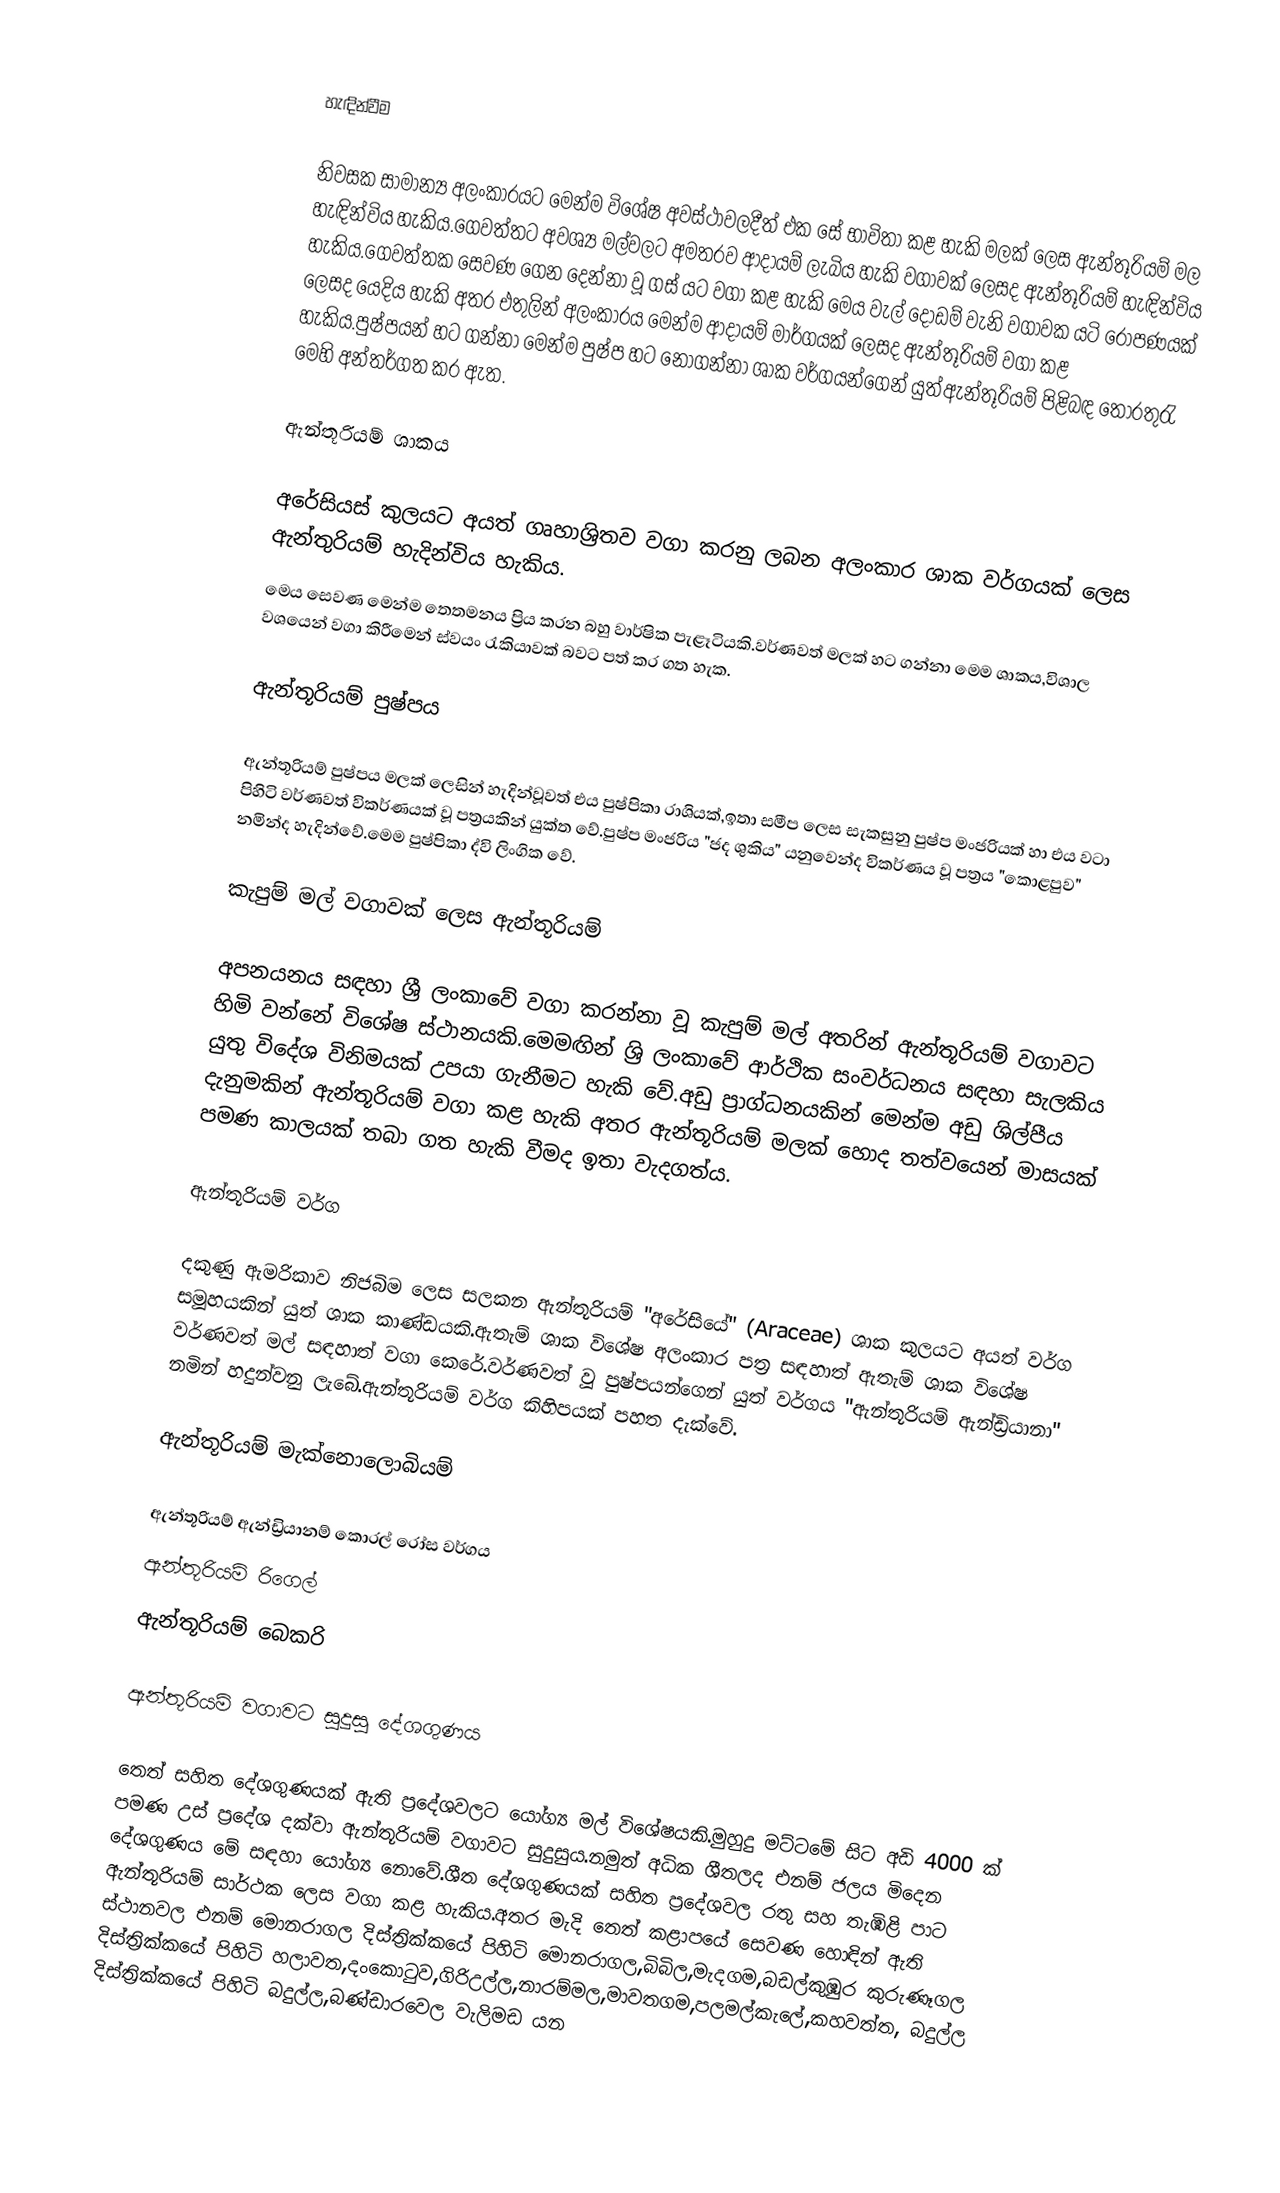

හැඳින්වීම

නිවසක සාමාන්‍ය අලංකාරයට මෙන්ම විශේෂ අවස්ථාවලදීත් එක සේ භාවිතා කළ හැකි මලක් ලෙස ඇන්තූරියම් මල හැඳින්විය හැකිය.ගෙවත්තට අවශ්‍ය මල්වලට අමතරව ආදායම් ලැබිය හැකි වගාවක් ලෙසද ඇන්තූරියම් හැඳින්විය හැකිය.ගෙවත්තක සෙවණ ගෙන දෙන්නා වූ ගස් යට වගා කළ හැකි මෙය ‍වැල් දොඩම් වැනි වගාවක යටි රෝපණයක් ලෙසද යෙදිය හැකි අතර එතුලින් අලංකාරය මෙන්ම ආදායම් මාර්ගයක් ලෙසද ඇන්තූරියම් වගා කළ හැකිය.පුෂ්පයන් හට ගන්නා මෙන්ම පුෂ්ප හට නොගන්නා ශාක වර්ගයන්ගෙන් යුත්ඇන්තූරියම් පිළිබඳ තොරතුරැ මෙහි අන්තර්ගත කර ඇත.

ඇන්තූරියම් ශාකය

අරේසියස් කුලයට අයත් ගෘහාශ්‍රිතව වගා කරනු ලබන අලංකාර ශාක වර්ගයක් ලෙස ඇන්තුරියම් හැදින්විය හැකිය.
මෙය සෙවණ මෙන්ම තෙතමනය ප්‍රිය කරන බහු වාර්ෂික පැළෑටියකි.වර්ණවත් මලක් හට ගන්නා මෙම ශාකය,විශාල වශයෙන් වගා කිරීමෙන් ස්වයං රැකියාවක් බවට පත් කර ගත හැක.

ඇන්තූරියම් පුෂ්පය

ඇන්තූරියම් පුෂ්පය මලක් ලෙසින් හැදින්වූවත් එය පුෂ්පිකා රාශියක්,ඉතා සමීප ලෙස සැකසුනු පුෂ්ප මංජරියක් හා එය වටා පිහිටි වර්ණවත් විකර්ණයක් වූ පත්‍රයකින් යුක්ත වේ.පුෂ්ප මංජරිය "ජද ශුකිය" යනුවෙන්ද විකර්ණය වූ පත්‍රය "කොළපුව" නමින්ද හැදින්වේ.මෙම පුෂ්පිකා ද්වි ලිංගික වේ.

කැපුම් මල් වගාවක් ලෙස ඇන්තූරියම්

අපනයනය සඳහා ශ්‍රී ලංකාවේ වගා කරන්නා වූ කැපුම් මල් අතරින් ඇන්තූරියම් වගාවට හිමි වන්නේ විශේෂ ස්ථානයකි.මෙමඟින් ශ්‍රි ලංකාවේ ආර්ථික සංවර්ධනය සඳහා සැලකිය යුතු විදේශ විනිමයක් උපයා ගැනීමට හැකි වේ.අඩු ප්‍රාග්ධනයකින් මෙන්ම අඩු ශිල්පීය දැනුමකින් ඇන්තූරියම් වගා කළ හැකි අතර ඇන්තූරියම් මලක් හොද තත්වයෙන් මාසයක් පමණ කාලයක් තබා ගත හැකි වීමද ඉතා වැදගත්ය.

ඇන්තූරියම් වර්ග

දකුණු ඇමරිකාව නිජබිම ලෙස සලකන ඇන්තූරියම් "අරේසියේ" (Araceae) ශාක කුලයට  අයත් වර්ග සමූහයකින් යුත් ශාක කාණ්ඩයකි.ඇතැම් ශාක විශේෂ අලංකාර පත්‍ර සඳහාත් ඇතැම් ශාක විශේෂ වර්ණවත් මල් සඳහාත් වගා කෙරේ.වර්ණවත් වූ පුෂ්පයන්ගෙන් යුත් වර්ගය "ඇන්තූරියම් ඇන්ඩ්‍රියානා" නමින් හදුන්වනු ලැබේ.ඇන්තූරියම් වර්ග කිහිපයක් පහත දැක්වේ.

ඇන්තූරියම් මැක්නොලොබියම්

ඇන්තූරියම් ඇන්ඩ්‍රියානම් කොරල් රෝස වර්ගය
ඇන්තූරියම් රිගෙල්
ඇන්තූරියම් බෙකරි

ඇන්තූරියම් වගාවට සුදුසු දේශගුණය

තෙත් සහිත දේශගුණයක් ඇති ප්‍රදේශවලට යෝග්‍ය මල් විශේෂයකි.මුහුදු මට්ටමේ සිට අඩි 4000 ක් පමණ උස් ප්‍රදේශ දක්වා ඇන්තූරියම් වගාවට සුදුසුය.නමුත් අධික ශීතලද  එනම් ජලය මිදෙන දේශගුණය මේ සඳහා යෝග්‍ය නොවේ.ශීත දේශගුණයක් සහිත ප්‍රදේශවල රතු සහ තැඹිළි පාට ඇන්තූරියම් සාර්ථක ලෙස වගා කළ හැකිය.අතර මැදි තෙත් කළාපයේ සෙවණ හොඳින් ඇති ස්ථානවල එනම් මොනරාගල දිස්ත්‍රික්කයේ පිහිටි මොනරාගල,බිබිල,මැදගම,බඩල්කුඹුර කුරුණෑගල දිස්ත්‍රික්කයේ පිහිටි හලාවත,දංකොටුව,ගිරිඋල්ල,නාරම්මල,මාවතගම,පලමල්කැලේ,කහවත්ත, බදුල්ල දිස්ත්‍රික්කයේ පිහිටි බදුල්ල,බණ්ඩාරවෙල වැලිමඩ යන